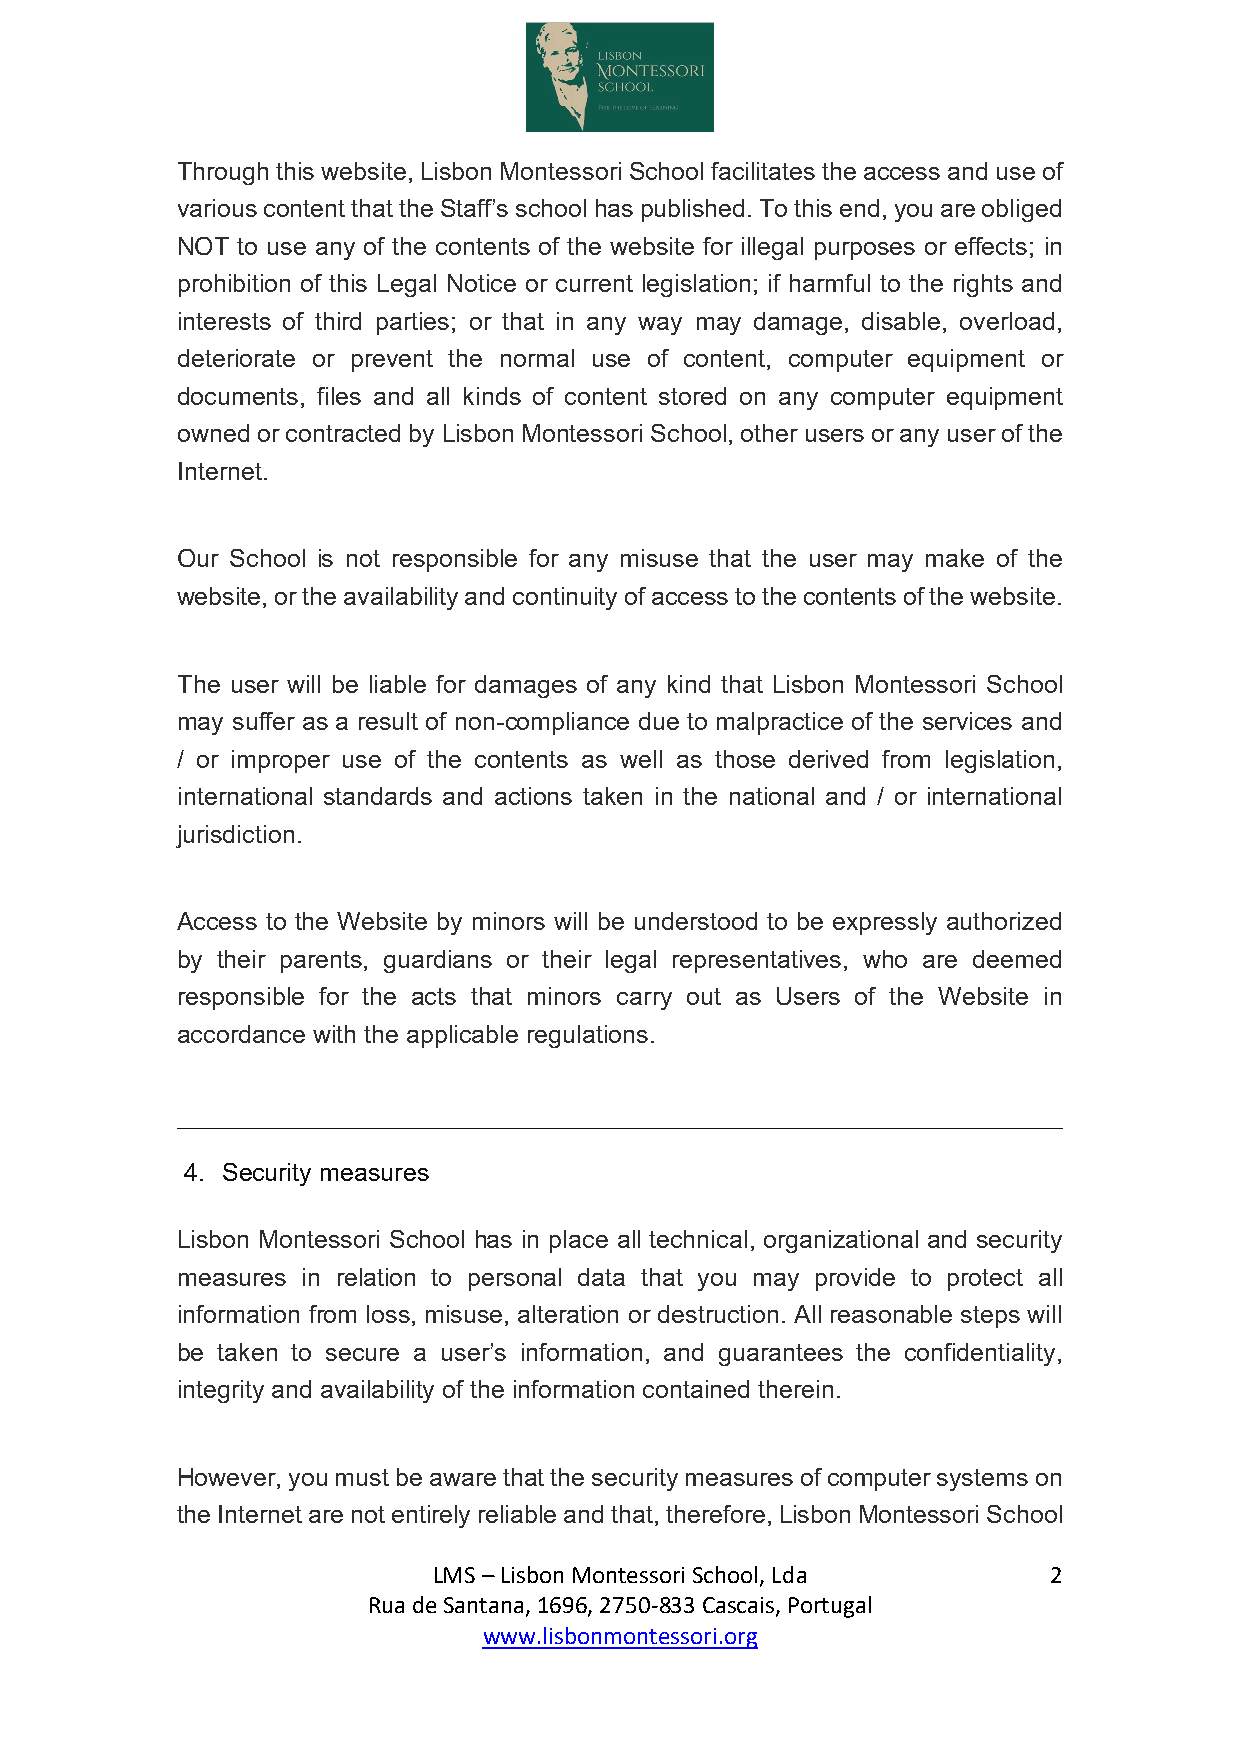
Through this website, Lisbon Montessori School facilitates the access and use of
 various content that the Staff’s school has published. To this end, you are obliged
 NOT to use any of the contents of the website for illegal purposes or effects; in
 prohibition of this Legal Notice or current legislation; if harmful to the rights and
 interests of third parties; or that in any way may damage, disable, overload,
 deteriorate or prevent the normal use of content, computer equipment or
 documents, files and all kinds of content stored on any computer equipment
 owned or contracted by Lisbon Montessori School, other users or any user of the
 Internet.
 Our School is not responsible for any misuse that the user may make of the
 website, or the availability and continuity of access to the contents of the website.
 The user will be liable for damages of any kind that Lisbon Montessori School
 may suffer as a result of non-compliance due to malpractice of the services and
 / or improper use of the contents as well as those derived from legislation,
 international standards and actions taken in the national and / or international
 jurisdiction.
 Access to the Website by minors will be understood to be expressly authorized
 by their parents, guardians or their legal representatives, who are deemed
 responsible for the acts that minors carry out as Users of the Website in
 accordance with the applicable regulations.
 4. Security measures
 Lisbon Montessori School has in place all technical, organizational and security
 measures in relation to personal data that you may provide to protect all
 information from loss, misuse, alteration or destruction. All reasonable steps will
 be taken to secure a user’s information, and guarantees the confidentiality,
 integrity and availability of the information contained therein.
 However, you must be aware that the security measures of computer systems on
 the Internet are not entirely reliable and that, therefore, Lisbon Montessori School
 LMS – Lisbon Montessori School, Lda      2
 Rua de Santana, 1696, 2750-833 Cascais, Portugal
 www.lisbonmontessori.org